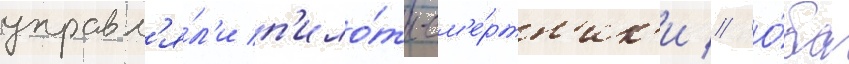
управл'я́л'и п'ило́ты-см'е́ртн'ик'и // О́ба